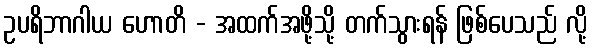
ဥပရိဘာဂါယ ဟောတိ - အထက်အဖို့သို့ တက်သွားရန် ဖြစ်ပေသည် လို့